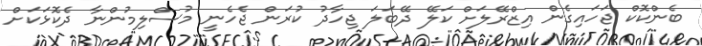
ބެންކޮކް ޖަހައިގެން އިޒްރޭލަށް ކަލޭ ދޭބަލަ ޖިހާދު ކުރަން ޖެހެނީ މުސްލިމުންނާ ދެކޮޅަކަށް